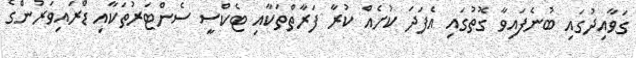
ގަވާއިދުގައި ބުނެފައިވާ ގޮތުގައި އެފަދަ ކުށެއް ކުރާ ފަރާތްތަކާއި ޓެކްސީ ސެންޓަރުތަކާއި ޑްރައިވަރުންގެ